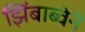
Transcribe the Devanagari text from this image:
झिंबाब्वेने